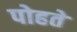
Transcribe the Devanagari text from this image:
पोहते